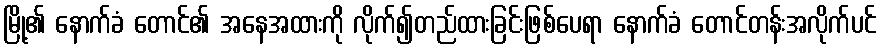
မြို့၏ နောက်ခံ တောင်၏ အနေအထားကို လိုက်၍တည်ထားခြင်းဖြစ်ပေရာ နောက်ခံ တောင်တန်းအလိုက်ပင်